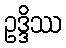
ဥဒ္ဒိဿ